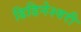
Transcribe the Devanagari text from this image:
डिडिनेश्वरी